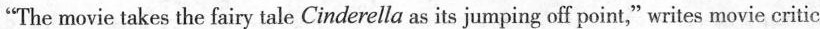
"The movie takes the fairy tale Cinderella as its jumping off point," writes movie critic